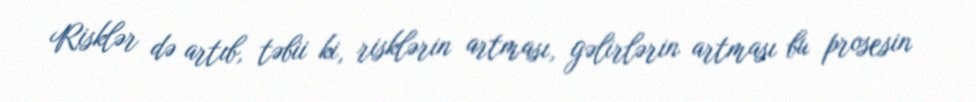
Risklər də artıb, təbii ki, risklərin artması, gəlirlərin artması bu prosesin